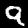
Digit: 9